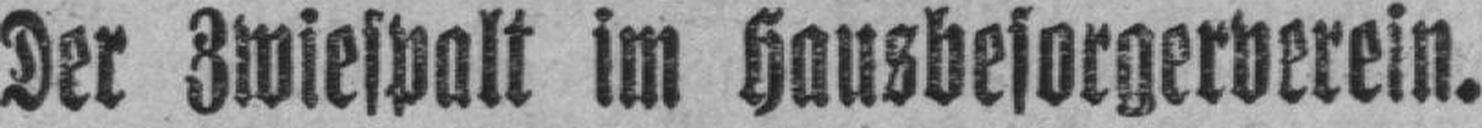
Der Zwiespalt im hausbesorgerverein.